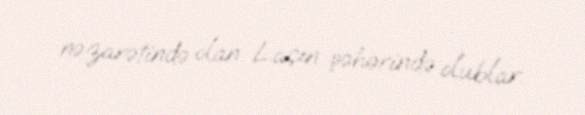
nəzarətində olan Laçın şəhərində olublar.